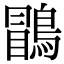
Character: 𪃑